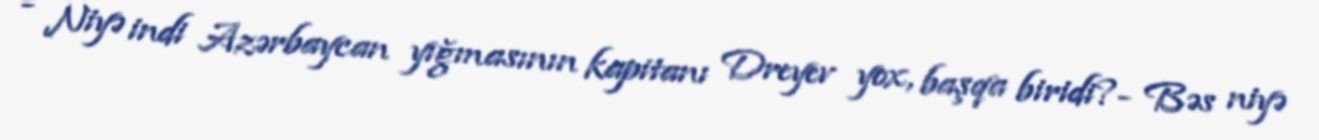
- Niyə indi Azərbaycan yığmasının kapitanı Dreyev yox, başqa biridi?- Bəs niyə